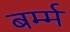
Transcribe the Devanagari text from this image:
बर्म्म